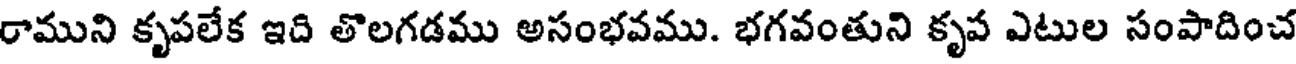
రాముని కృపలేక ఇది తొలగడము అసంభవము. భగవంతుని కృవ ఎటుల సంపాదించ